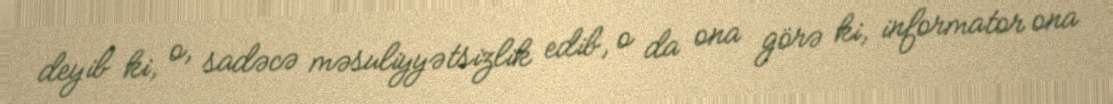
deyib ki, o, sadəcə məsuliyyətsizlik edib, o da ona görə ki, informator ona